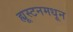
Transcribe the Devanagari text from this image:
ह्यूस्टनमधून